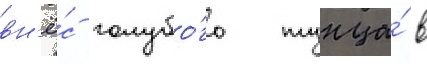
вн'ё́с голубо́го тунца́ в